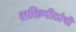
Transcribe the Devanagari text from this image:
शक्तिपीठांची